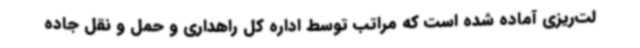
لت‌ریزی آماده شده است که مراتب توسط اداره کل راهداری و حمل و نقل جاده